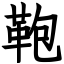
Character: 鞄